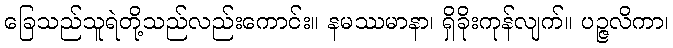
ခြေသည်သူရဲတို့သည်လည်းကောင်း။ နမဿမာနာ၊ ရှိခိုးကုန်လျက်။ ပဉ္ဇလိကာ၊